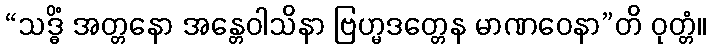
“သဒ္ဓိံ အတ္တနော အန္တေဝါသိနာ ဗြဟ္မဒတ္တေန မာဏဝေနာ”တိ ဝုတ္တံ။